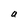
Character: a